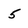
Character: 5